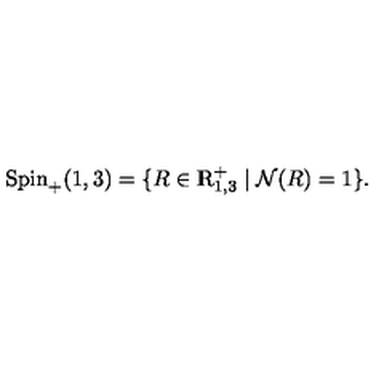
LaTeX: \mathrm { S p i n } _ { + } ( 1 , 3 ) = \{ R \in \mathrm { { \sl I \! \! R } } _ { 1 , 3 } ^ { + } \mid { \cal N } ( R ) = 1 \} .